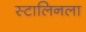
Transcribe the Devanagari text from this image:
स्टालिनला